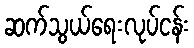
ဆက်သွယ်ရေးလုပ်ငန်း